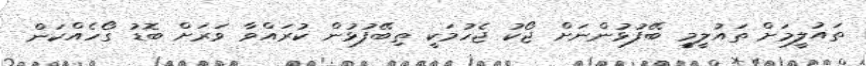
ތައުލީމަށް ތައުލީމީ ބޭފުޅުންނަށް ޖޯކު ޖެހުމަކީ ތިބޭފުޅުން ކުރައްވާ ވަރަށް ބޮޑު ގޯހެއްކަން